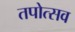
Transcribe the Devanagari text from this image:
तपोत्सव